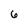
Character: 6